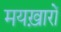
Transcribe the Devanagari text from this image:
मयख़ारों